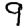
Digit: 9